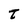
Character: t